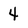
Character: 4